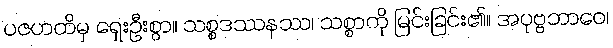
ပဇဟတိမှ ရှေးဦးစွာ။ သစ္စဒဿနဿ၊ သစ္စာကို မြင်းခြင်း၏။ အပုဗ္ဗဘာဝေ၊